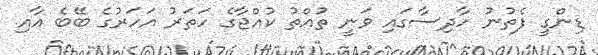
ޑިންގީ ފެތުނު ހާދިސާގައި ވަނީ ތުއްތު ކުއްޖާގެ ހަތަރު އަހަރުގެ ބޭބެ އާއި